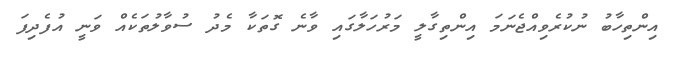
އިންތިހާބު ނުކުރެވިއްޖެނަމަ އިންތިގާލީ މަރުހަލާގައި ވާނެ ގޮތަކާ މެދު ސުވާލުތަކެއް ވަނީ އުފެދިފަ